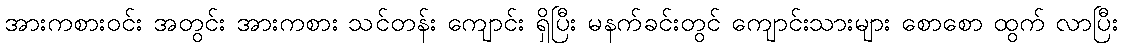
အားကစားဝင်း အတွင်း အားကစား သင်တန်း ကျောင်း ရှိပြီး မနက်ခင်းတွင် ကျောင်းသားများ စောစော ထွက် လာပြီး